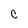
Character: C